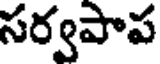
సర్వపాప